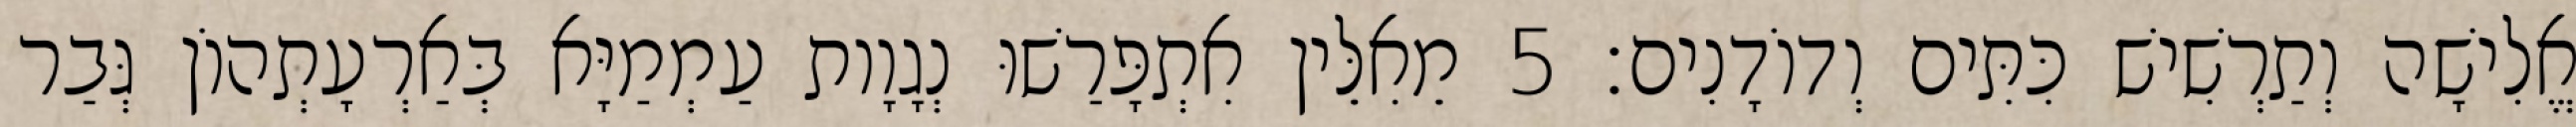
אֱלִישָׁה וְתַרְשִׁישׁ כִּתִּים וְדוֹדָנִים׃ 5 מֵאִלֵּין אִתְפָּרַשׁוּ נְגָוָות עַמְמַיָּא בְּאַרְעָתְהוֹן גְּבַר